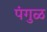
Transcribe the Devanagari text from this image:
पंगुळ